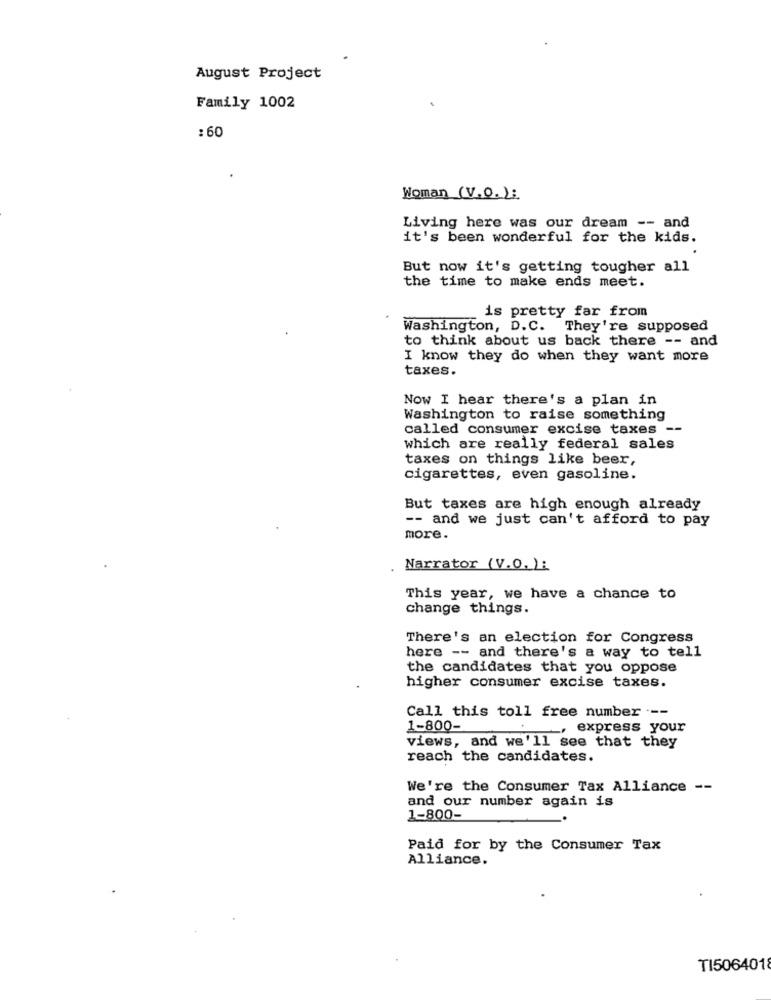
August Project
Family 1002
: 60
Woman (V.O.):
Living here was our dream -- and
it's been wonderful for the kids.
But now it's getting tougher all
the time to make ends meet.
is pretty far from
Washington, D.C. They're supposed
to think about us back there -- and
I know they do when they want more
taxes.
Now I hear there's a plan in
Washington to raise something
called consumer excise taxes --
which are really federal sales
taxes on things like beer,
cigarettes, even gasoline.
But taxes are high enough already
-- and we just can't afford to pay
more.
Narrator (V.O.):
This year, we have a chance to
change things.
There's an election for Congress
here -- and there's a way to tell
the candidates that you oppose
higher consumer excise taxes.
Call this toll free number ---
1-800-
. express your
views, and we'll see that they
reach the candidates.
We're the Consumer Tax Alliance --
and our number again is
1-800-
Paid for by the Consumer Tax
Alliance.
TI5064018